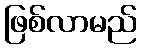
ဖြစ်လာမည်